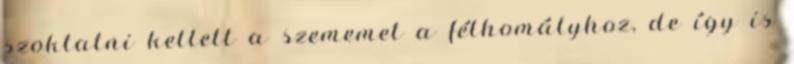
szoktatni kellett a szememet a félhomályhoz, de így is